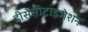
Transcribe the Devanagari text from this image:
डीसेंसीटाइजेशन